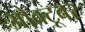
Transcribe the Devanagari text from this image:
ओक्टूबर